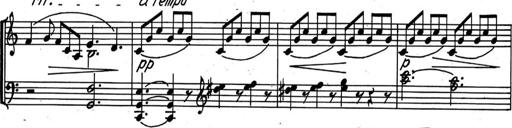
Title: Kleine Sonate
Composer: Raoul Koczalski
Key: C major